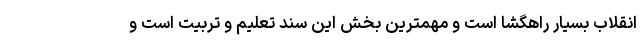
انقلاب بسیار راهگشا است و مهمترین بخش این سند تعلیم و تربیت است و